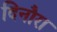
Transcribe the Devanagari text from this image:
दिनौरा